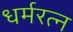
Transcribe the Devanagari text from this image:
धर्मरत्न